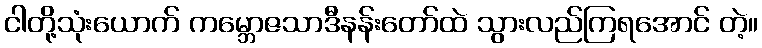
ငါတို့သုံးယောက် ကမ္ဘောဇသာဒီနန်းတော်ထဲ သွားလည်ကြရအောင် တဲ့။